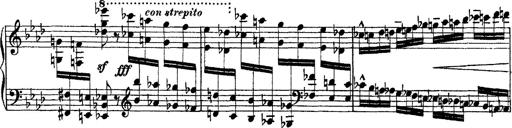
Title: Ã‰tudes d'exÃ©cution transcendante d'aprÃ¨s Paganini
Composer: Franz Liszt